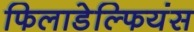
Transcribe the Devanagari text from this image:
फिलाडेल्फियंस